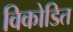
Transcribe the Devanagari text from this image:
विकोडित